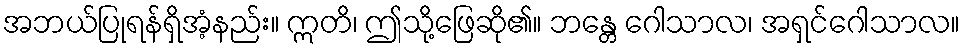
အဘယ်ပြုရန်ရှိအံ့နည်း။ ဣတိ၊ ဤသို့ဖြေဆို၏။ ဘန္တေ ဂေါသာလ၊ အရှင်ဂေါသာလ။